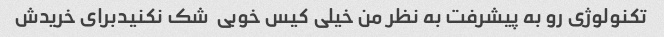
تکنولوژی رو به پیشرفت به نظر من خیلی کیس خوبی  شک نکنیدبرای خریدش